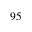
9 5